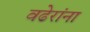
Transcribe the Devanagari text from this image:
वढेरांना